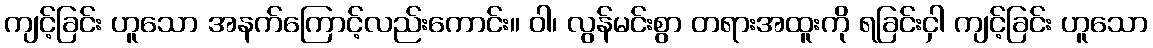
ကျင့်ခြင်း ဟူသော အနက်ကြောင့်လည်းကောင်း။ ဝါ၊ လွန်မင်းစွာ တရားအထူးကို ရခြင်းငှါ ကျင့်ခြင်း ဟူသော